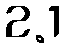
2.1